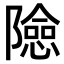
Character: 𨼶